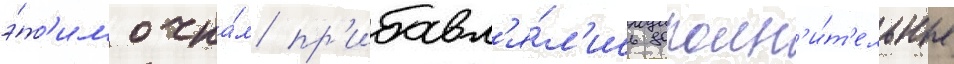
э́т'им очка́м пр'ибавл'я́л'ись дополн'и́т'ельные